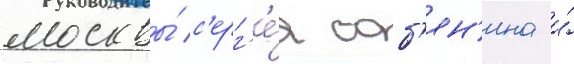
москвы́ с'ерг'е́я соб'ян'ина и́